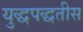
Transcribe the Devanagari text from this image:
युद्धपद्धतीस